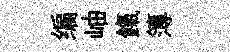
编岫餼簿